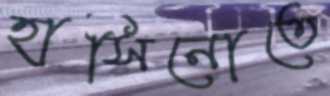
হাসিনোতে